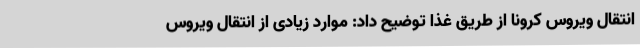
انتقال ویروس کرونا از طریق غذا توضیح داد: موارد زیادی از انتقال ویروس